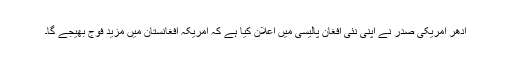
اِدھر امریکی صدر نے اپنی نئی افغان پالیسی میں اعلان کیا ہے کہ امریکہ افغانستان میں مزید فوج بھیجے گا۔